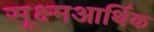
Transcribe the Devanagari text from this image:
सूक्ष्मआर्थिक